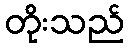
တိုးသည်